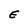
Character: E